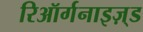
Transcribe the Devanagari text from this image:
रिऑर्गनाइज़्ड